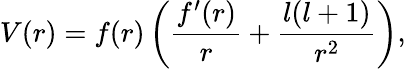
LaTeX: V(r)=f(r)\left(\frac{f^{\prime}(r)}{r}+\frac{l(l+1)}{r^{2}}\right),